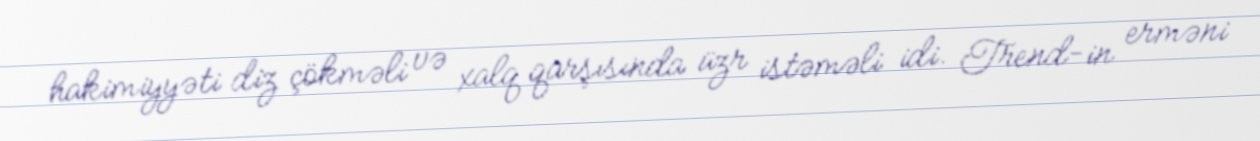
hakimiyyəti diz çökməli və xalq qarşısında üzr istəməli idi. Trend-in erməni